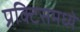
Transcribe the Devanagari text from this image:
प्रक्टिसमध्ये